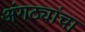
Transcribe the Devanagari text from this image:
अंगठ्यांचा